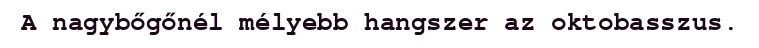
A nagybőgőnél mélyebb hangszer az oktobasszus.